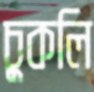
চুকলি